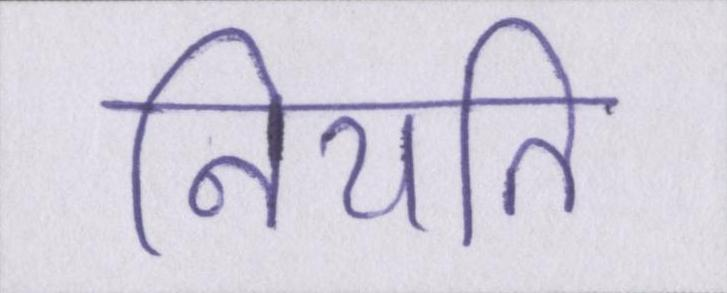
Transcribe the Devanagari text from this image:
नियति